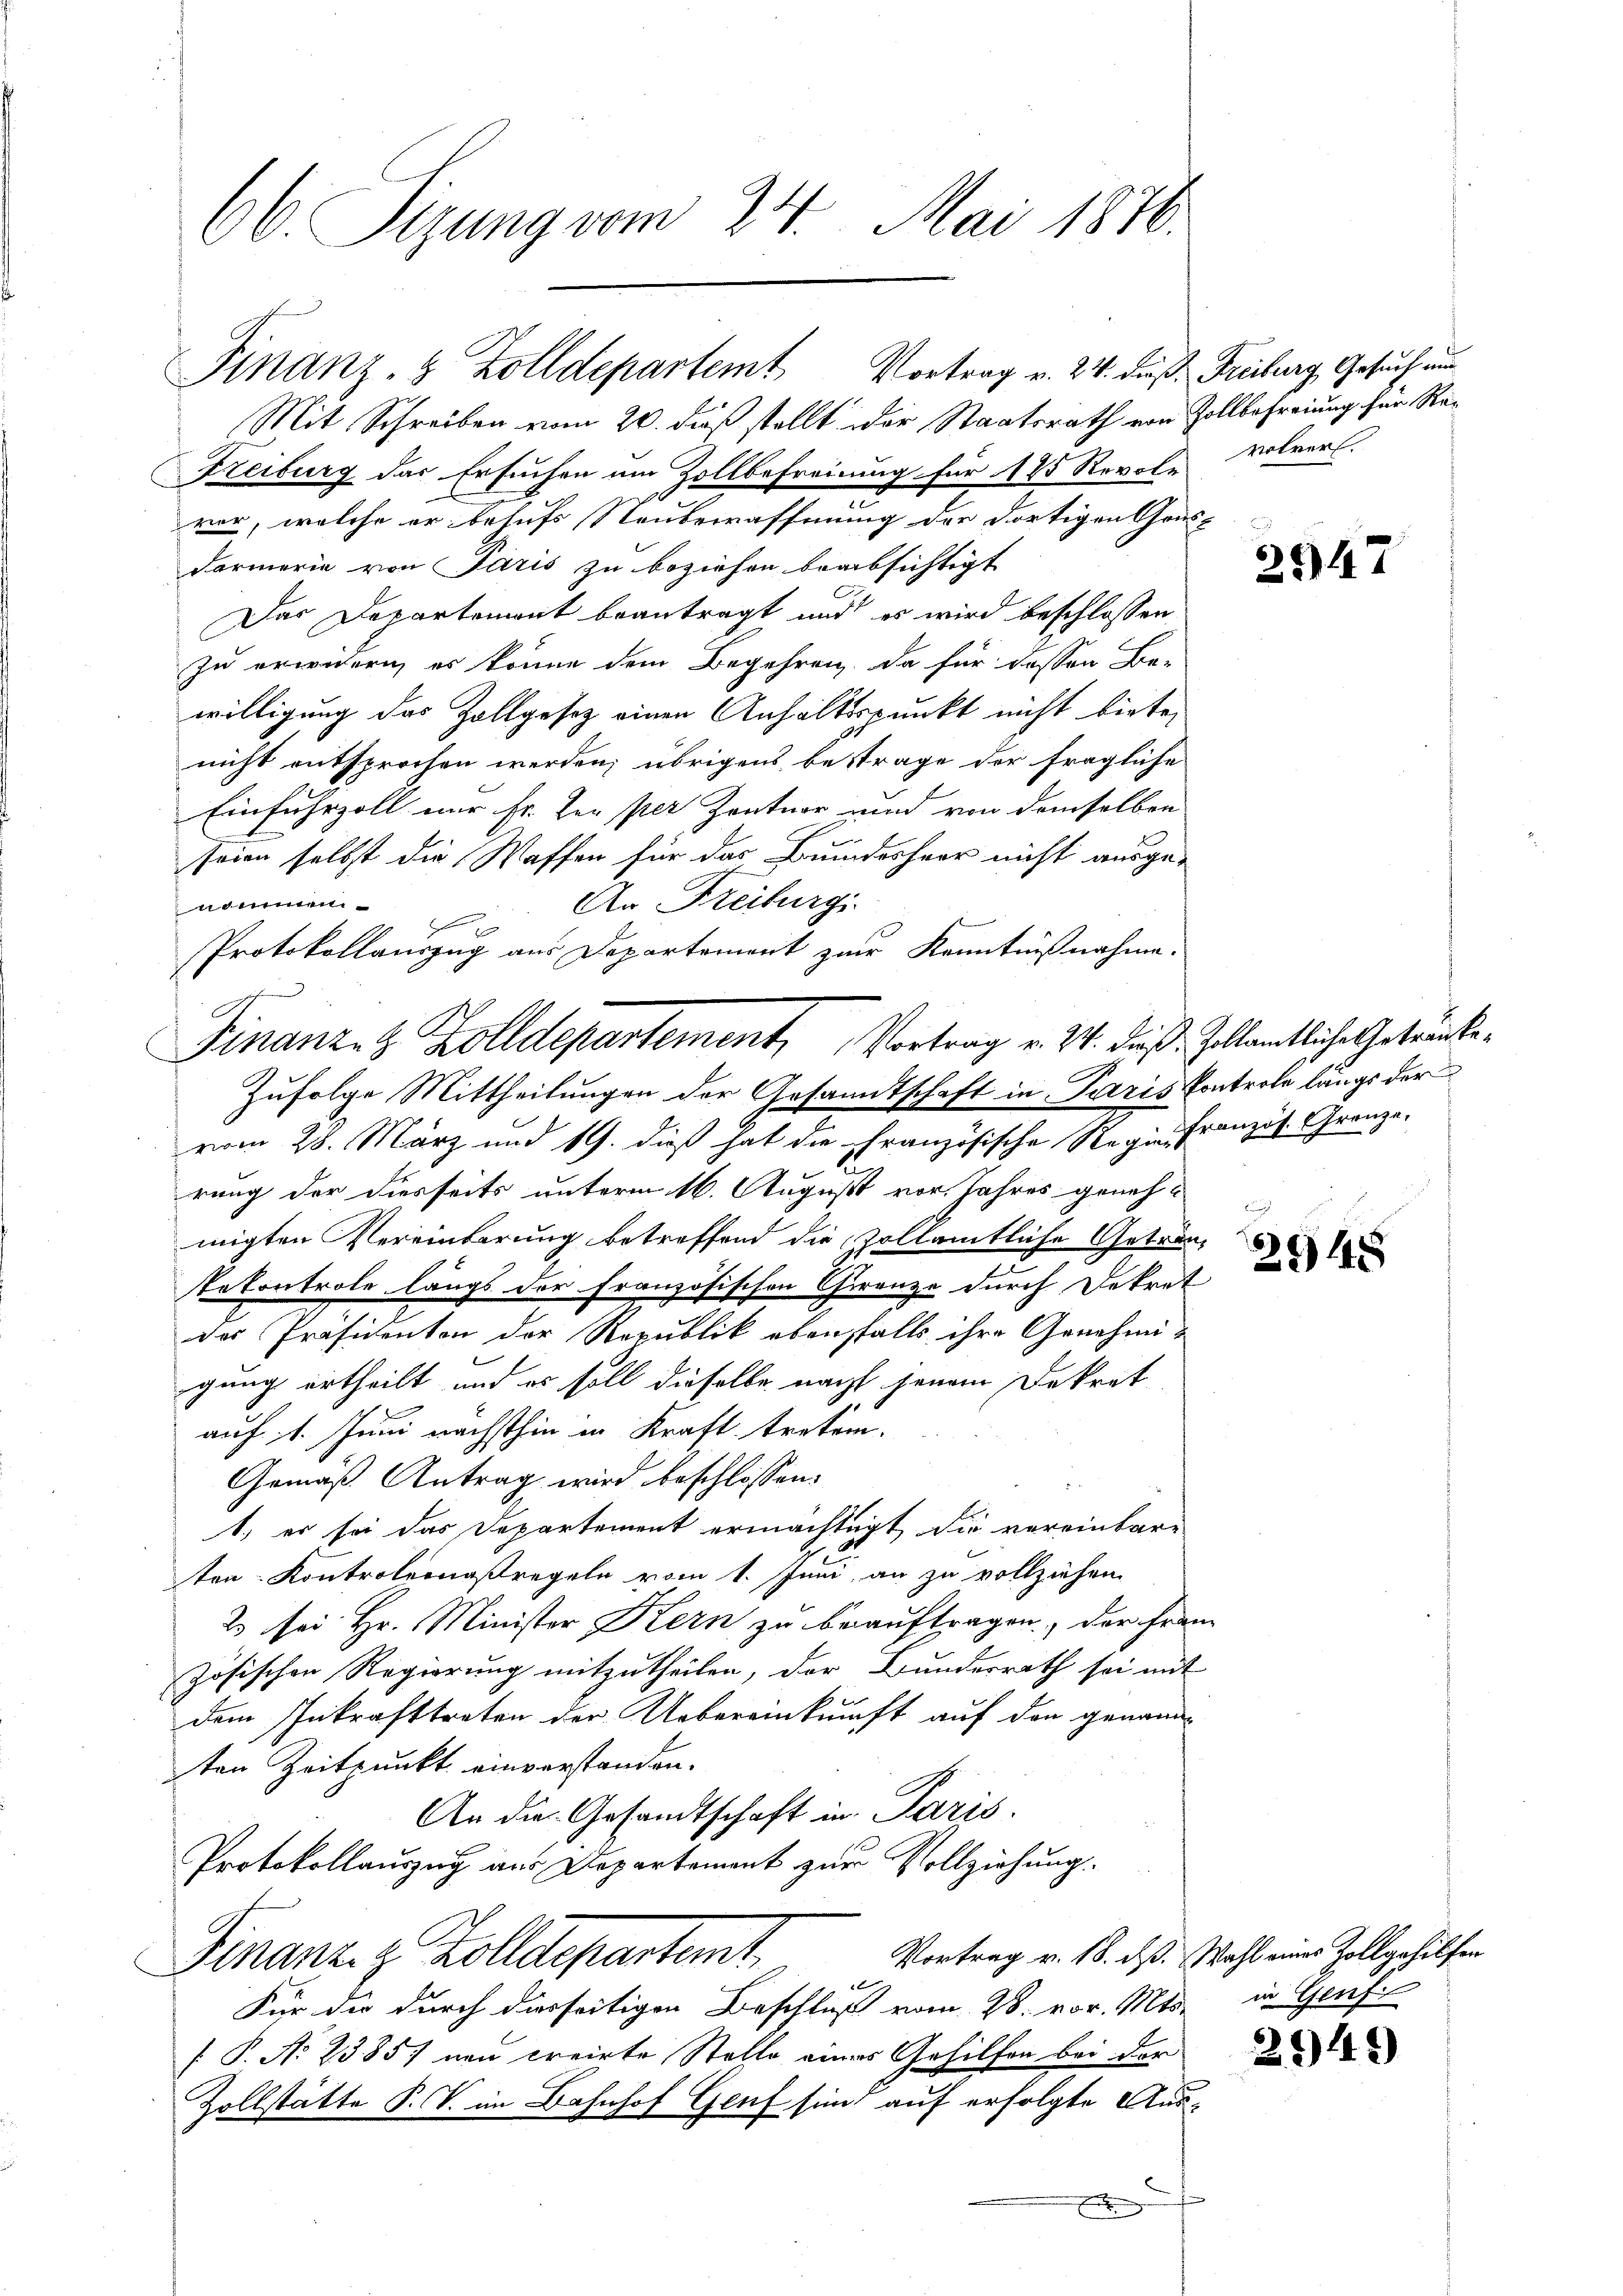
66. Sizung vom 24. Mai 1876.

Mit Schreiben vom 20. dieß stellt der Staatsrath von Zollbefreiung für Re¬
Freiburg das Ersuchen um Zollbefreiung für 185 Revole volver.
ver, welche er behufs Neubewaffnung der dortigen Gensdarmerie von Paris zu beziehen beabsichtigt
Das Departement beantragt und es wird beschlossen
zu erwidern, es könne dem Begehren, da für dessen Be-
willigung das Zollgesetz einen Anhaltspunkt nicht biete,
nicht entsprochen werden; übrigens bestrage der fragliche
Einfuhrzoll nur Fr. Her per Zentner und von demselben
seien selbst die Waffen für das Bundesheer nicht ausge-
nommen
An Freiburgi
.
Protokollauszug aus Departement zur Kenntnißnahme.
Zufolge Mittheilungen der Gesandtschaft in Paris Controle längs der
vom 28. März und 19. dieß hat die Französische Regie französ. Gränze.
rung der diesseits unterm 16. August vor. Jahres geneh-
migten Vereinbarung betreffend die vollamtliche Geträntekontrole längs der französischen Canze durch Dekret
des Präsidenten der Republik ebensfalls ihre Genehmigung ertheilt, und es soll dieselbe nacht jenem Dekret
auf 1. Juni nächsthin in Kraft treten.
Gemäß Antrag wird beschlossen:
1.) es sei das Departement ermächtigt die vereinbare
ten Kontroleraßregeln vom 1. Juni, an zu vollziehen.
2 sei Hr. Minister Kern zu beauftragen der Frau
zösischen Regierung mitzutheilen, der Bundesrath sei mit
dem Inkrafttreten der Uebereinkunft auf den genann-
sten Zeitpunkt einverstanden.
An die Gesandtschaft in Paris.
Protokollauszug aus Departement zur Vollziehung.
Vortrag v. 18. dß. Wahl einer Zollgehilfen
Finanz. z. Zolldepartamt
¬
Für die durch diesseitigen Beschluß vom 28. vor. Mts. in Genf
 P. No 2385) neu creirte Stelle eines Gehilfen bei der
Zollstätte P. V. im Bahnhof Genf sind auf erfolgte Ausc
E

Finanz- & Zolldepartemt Vortrag v. 24. dieß Freiberg, Gesuch un

Finanz- B. Zolldepartement, Vortrag v. 24. dieß. Zollämtliche Getränke¬

2947

21445

2949